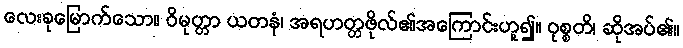
လေးခုမြောက်သော။ ဝိမုတ္တာ ယတနံ၊ အရဟတ္တဖိုလ်၏အကြောင်းဟူ၍။ ဝုစ္စတိ၊ ဆိုအပ်၏။